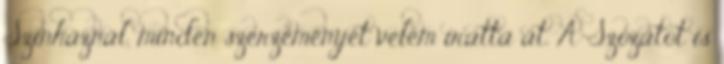
Színháznál, minden szerzeményét velem íratta át. A Szózatot is